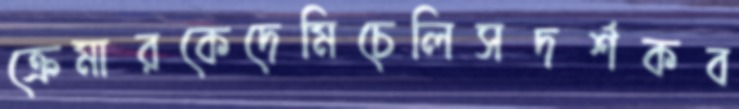
ক্রেমারকেদেমিচেলিসদর্শকব